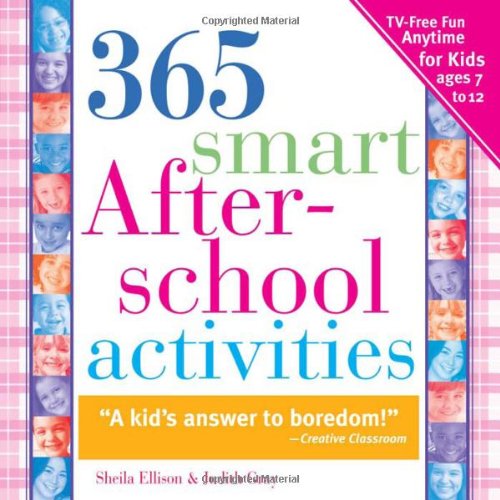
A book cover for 365 Smart Afterschool Activities, 2E: TV-Free Fun Anytime for Kids Ages 7-12; Judith Gray; Parenting & Relationships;